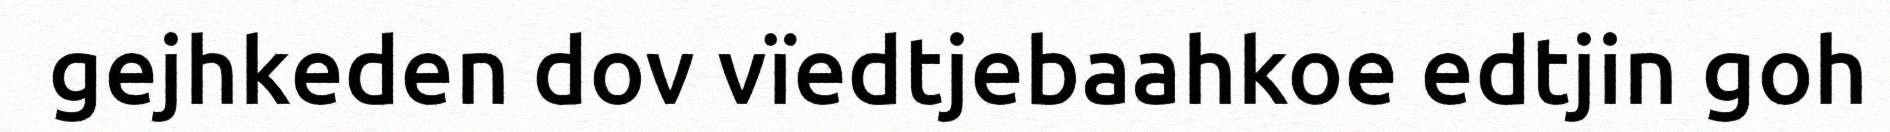
gejhkeden dov vïedtjebaahkoe edtjin goh